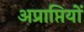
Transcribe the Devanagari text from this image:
अप्राप्तियों